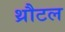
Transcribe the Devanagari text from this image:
थ्रौटल